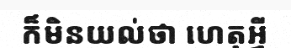
ក៏មិនយល់ថា ហេតុអ្វី